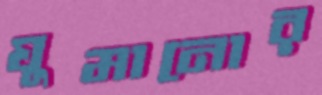
ঘুমানোর